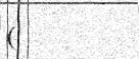
(